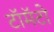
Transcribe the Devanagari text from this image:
टॉमॅटो